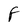
Character: F